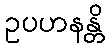
ဥပဟနန္တိ